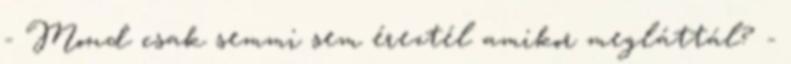
- Mond csak semmi sem éreztél amikor megláttál? -